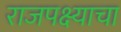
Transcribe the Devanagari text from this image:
राजपक्ष्याचा